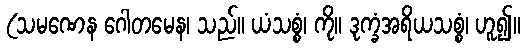
(သမဏေန ဂေါတမေန၊ သည်။ ယံသစ္စံ၊ ကို။ ဒုက္ခံအရိယသစ္စံ၊ ဟူ၍။